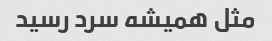
مثل همیشه سرد رسید